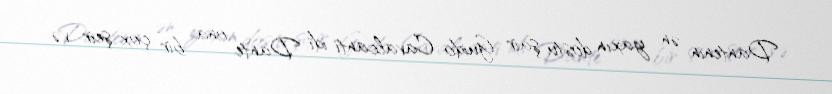
Dantenin ən yaxın dostu şair Guido Cavalcanti idi. Dante ona bir çox şeir və